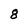
Character: 8